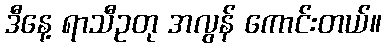
ဒီနေ့ ရာသီဥတု အလွန် ကောင်းတယ်။